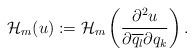
LaTeX: \begin{align*} \mathcal{H}_m(u):=\mathcal{H}_m\left( \frac{\partial^2 u}{\partial \overline{q_l}\partial {q_k}} \right). \end{align*}